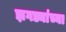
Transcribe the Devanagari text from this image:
झगड्यांच्या